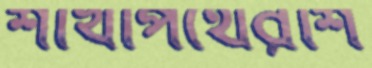
শাখাপথেরশি